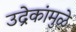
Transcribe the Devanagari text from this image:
उद्रेकांमुळे